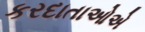
કરદાતાઓએ